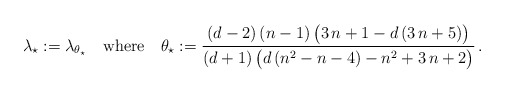
\begin{align*}\lambda_\star:=\lambda_{\theta_\star}\quad\mbox{where}\quad\theta_\star:=\frac{(d-2)\,(n-1)\,\big(3\,n+1-d\,(3\,n+5)\big)}{(d+1)\,\big(d\,(n^2-n-4)-n^2+3\,n+2\big)}\,.\end{align*}